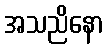
အသညိနော